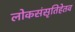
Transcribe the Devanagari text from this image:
लोकसंसृतिहेतव